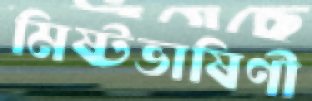
মিষ্টভাষিণী